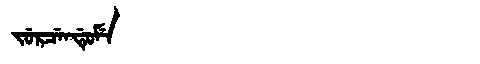
Manchu: ᠵᡠᡵᠴᡝᠨᡩᡠᠮᡝ
Romanization: JURCENDUME